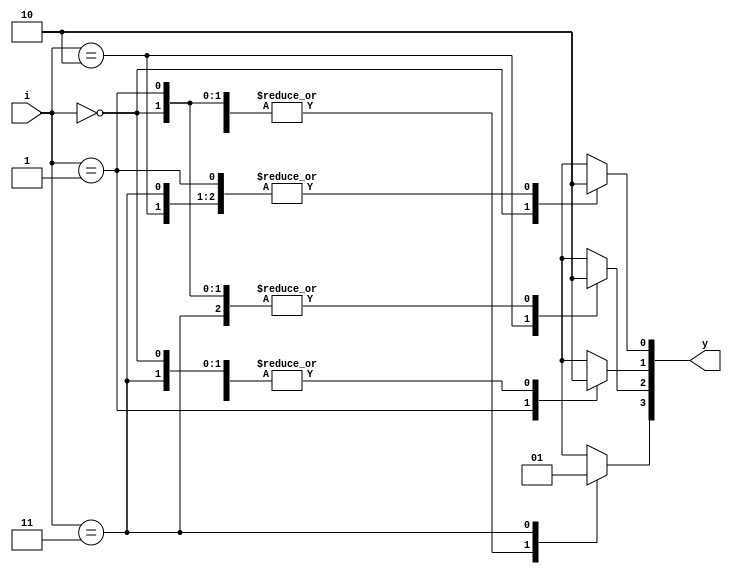
// This program was cloned from: https://github.com/ekb0412/100DaysofRTL
// License: Apache License 2.0

`timescale 1ns / 1ps

module decoder_2_4(
    input [1:0] i,
   	output reg[3:0] y);
	always@(i)
		begin
		y=0;
			case(i)	
					2'b00 : y[0] = 1'b1;
					2'b01 : y[1] = 1'b1;
					2'b10 : y[2] = 1'b1;
					2'b11 : y[3] = 1'b1;
			endcase
		end	
endmodule

module decoder_and(
    input a,b,
    output and_g 
    );
    wire [3:0]w;
    decoder_2_4 andgate({a,b}, w);
    assign and_g= w[3];
endmodule